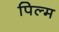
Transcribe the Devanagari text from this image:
पिल्म